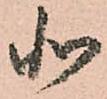
北